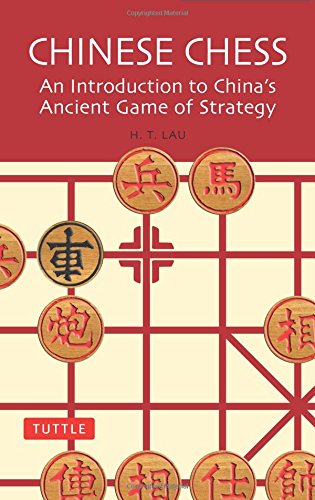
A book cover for Chinese Chess: An Introduction to China's Ancient Game of Strategy; H. T. Lau; Humor & Entertainment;